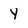
Character: y